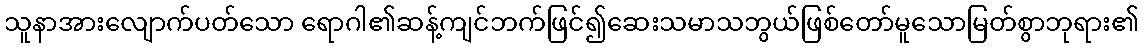
သူနာအားလျောက်ပတ်သော ရောဂါ၏ဆန့်ကျင်ဘက်ဖြင်၍ဆေးသမာသဘွယ်ဖြစ်တော်မူသောမြတ်စွာဘုရား၏